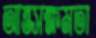
আন্তসক্ষমতা